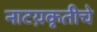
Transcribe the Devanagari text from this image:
नाटय़कृतीचे